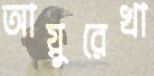
আয়ুরেখা